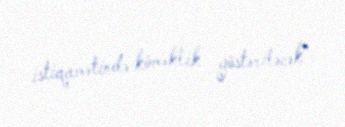
istiqamətində köməklik göstəriləcək”.